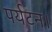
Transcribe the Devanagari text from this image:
पर्यटन।